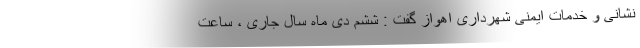
‌نشانی و خدمات ایمنی شهرداری اهواز گفت : ششم دی ماه سال جاری ، ساعت